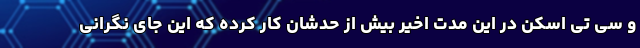
و سی تی اسکن در این مدت اخیر بیش از حدشان کار کرده که این جای نگرانی